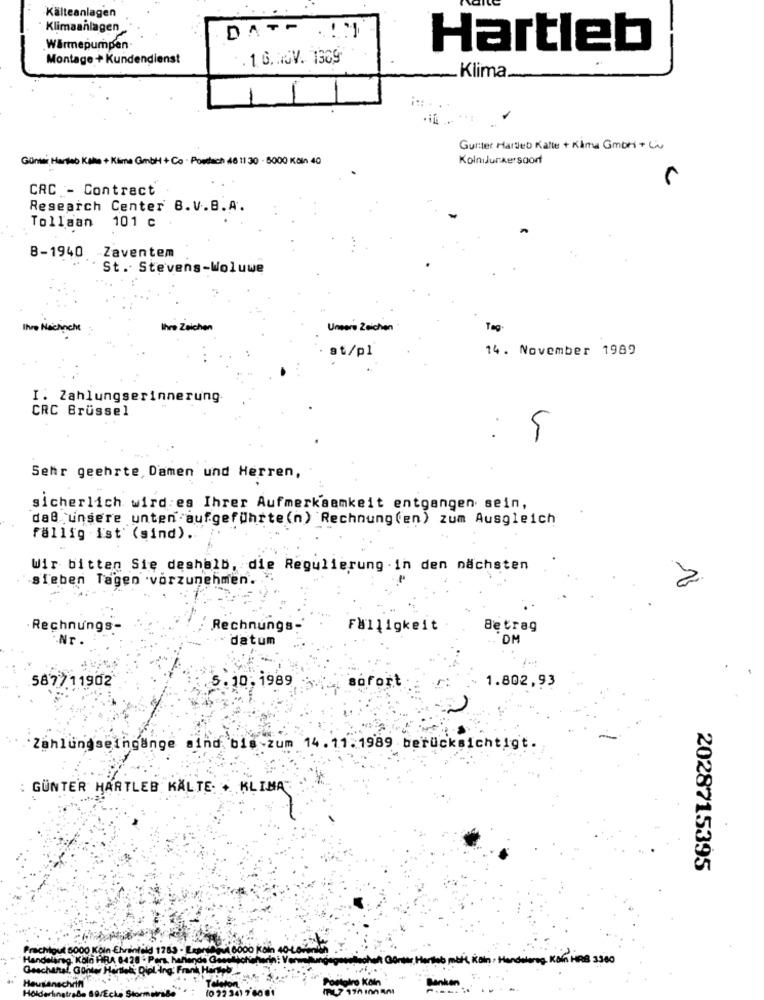
Kälteanlagen
· Klimaanlagen
DAT - . ! !!
.Wärmepumpen
Hartleb
Montage + Kundendienst
.1.6.NOV. 1309
Klima
Gunter Hardleb Kalle + Kama Gmbh + Lu
Günter Harteb Kaka + Klima GmbH + Co · Powtech 48 11 30 - 6000 Kčin 40
KolniJunkersaorf
CRC - Contract
Research Center B.V.B.A.
Tollaan 101 C
B-1940 -Zaventem
St. Stevens-Woluwe
Ihre Nachacht
Ihre Zeichen
Unsere Zeichen
Tag
14. November 1989
at/pl
I. Zahlungserinnerung
CRC Brüssel
Sehr geehrte, Damen und Herren,
sicherlich wird es Ihrer Aufmerksamkeit entgangen sein,
dal unsere unten aufgeführte(n) Rechnung(en) zum Ausgleich
fällig ist (sind) ..
Wir bitten Sie deshalb, die Regulierung .in den nächsten
sieben Tagen vorzunehmen.
2
Rechnungs-
Rechnungs-
FWlligkeit
Betrag
.Nr
datum
:DM
1 ...
587711902
5. 10 . 1989
1.802,93
sofort
Zahlungseingänge sind bis zum 14.11.1989 berücksichtigt.
: GUNTER HARTLEB KALTE: + KLIMA
2028715395
Prachlout 5000 Koln Ehrenfeld 1783 . Exante
A6000 Koln 40-L6
Handalango, Kolo PIRA 6428 . Pers, hahands G+
at Gente,Hartab mail, Köln Handeleng, Kan HRB 3300
Geschantal, Gonter Hartled; Dipl Ing' Frank Harteb
Hausanschrift
Banken
Holderling
& B9/Ecke Stor
Telefon
(0 22 341 7 60 01
Postalro Köln